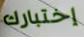
إختبارك